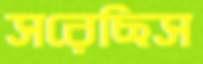
সরেছিস